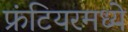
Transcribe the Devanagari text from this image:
फ्रंटियरमध्ये